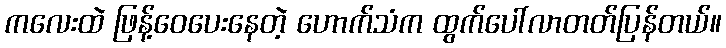
ကလေးထဲ ဖြန့်ဝေပေးနေတဲ့ ဟောက်သံက ထွက်ပေါ်လာတတ်ပြန်တယ်။